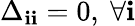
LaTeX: \Delta_{\mathbf{i}\mathbf{i}}=0,\ \forall\mathbf{i}